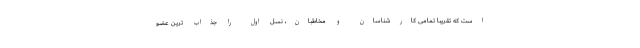
است که تقریبا تمامی کارشناسان و مخاطبان، نسل اول را جذاب ترین عضو